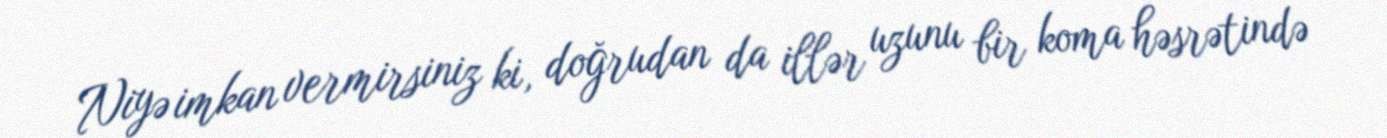
Niyə imkan vermirsiniz ki, doğrudan da illər uzunu bir koma həsrətində